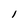
Character: l